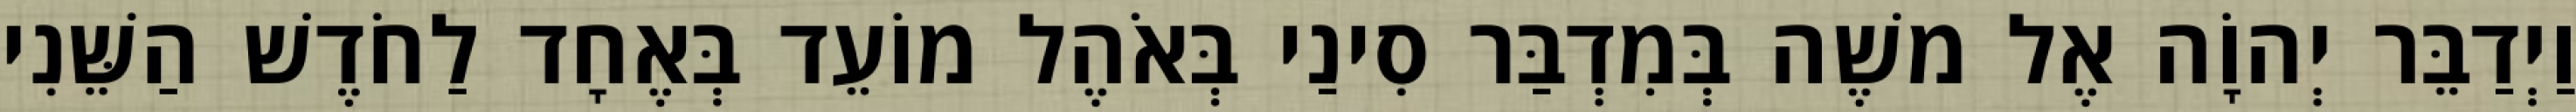
וַיְדַבֵּר יְהוָֹה אֶל משֶׁה בְּמִדְבַּר סִינַי בְּאֹהֶל מוֹעֵד בְּאֶחָד לַחֹדֶשׁ הַשֵּׁנִי